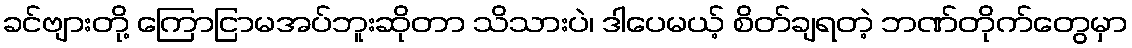
ခင်ဗျားတို့ ကြောငြာမအပ်ဘူးဆိုတာ သိသားပဲ၊ ဒါပေမယ့် စိတ်ချရတဲ့ ဘဏ်တိုက်တွေမှာ